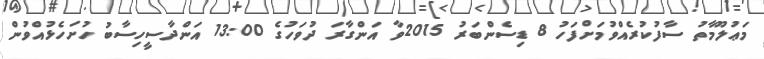
މަޢުލޫމާތު ސާފުކުރެއްވުމަށްފަހު 8 ޑިސެންބަރު 2015ވާ އަންގާރަ ދުވަހުގެ 13:00 އަންދާސީހިސާބު ހުށަހެޅުއްވުން